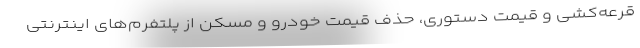
قرعه‌کشی و قیمت دستوری، حذف قیمت خودرو و مسکن از پلتفرم‌های اینترنتی